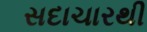
સદાચારથી